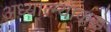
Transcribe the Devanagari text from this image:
अध्यात्म्याकडे